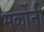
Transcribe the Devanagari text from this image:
मर्कोनी